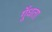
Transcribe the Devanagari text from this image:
गूँधता